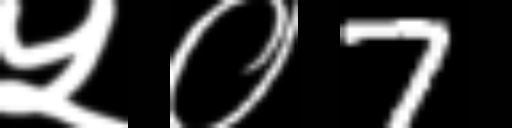
Text: ५०7